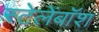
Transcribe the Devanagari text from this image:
स्टेलेंबॉश